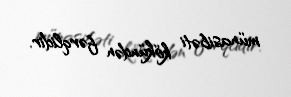
münasibəti kökündən fərqlidir.